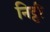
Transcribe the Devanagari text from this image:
निट्टी